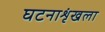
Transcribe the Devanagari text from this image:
घटनाशृंखला